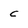
Character: c